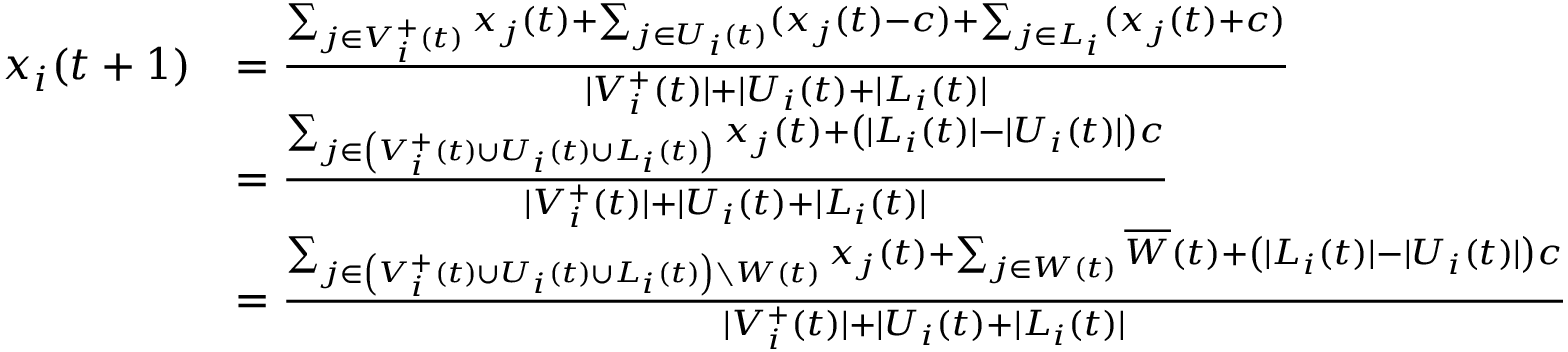
\begin{array} { r l } { x _ { i } ( t + 1 ) } & { = \frac { \sum _ { j \in V _ { i } ^ { + } ( t ) } x _ { j } ( t ) + \sum _ { j \in U _ { i } ( t ) } ( x _ { j } ( t ) - c ) + \sum _ { j \in L _ { i } } ( x _ { j } ( t ) + c ) } { | V _ { i } ^ { + } ( t ) | + | U _ { i } ( t ) + | L _ { i } ( t ) | } } \\ & { = \frac { \sum _ { j \in \left( V _ { i } ^ { + } ( t ) \cup U _ { i } ( t ) \cup L _ { i } ( t ) \right) } x _ { j } ( t ) + \left( | L _ { i } ( t ) | - | U _ { i } ( t ) | \right) c } { | V _ { i } ^ { + } ( t ) | + | U _ { i } ( t ) + | L _ { i } ( t ) | } } \\ & { = \frac { \sum _ { j \in \left( V _ { i } ^ { + } ( t ) \cup U _ { i } ( t ) \cup L _ { i } ( t ) \right) \setminus W ( t ) } x _ { j } ( t ) + \sum _ { j \in W ( t ) } \overline { { W } } ( t ) + \left( | L _ { i } ( t ) | - | U _ { i } ( t ) | \right) c } { | V _ { i } ^ { + } ( t ) | + | U _ { i } ( t ) + | L _ { i } ( t ) | } } \end{array}